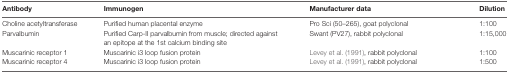
<table><thead><tr><td><b>Antibody</b></td><td><b>Immunogen</b></td><td><b>Manufacturer data</b></td><td><b>Dilution</b></td></tr></thead><tbody><tr><td>Choline acetyltransferase</td><td>Purified human placental enzyme</td><td>Pro Sci (50–265), goat polyclonal</td><td>1:100</td></tr><tr><td>Parvalbumin</td><td>Purified Carp-II parvalbumin from muscle; directed against an epitope at the 1st calcium binding site</td><td>Swant (PV27), rabbit polyclonal</td><td>1:15,000</td></tr><tr><td>Muscarinic receptor 1</td><td>Muscarinic i3 loop fusion protein</td><td>Levey et al. (1991), rabbit polyclonal</td><td>1:100</td></tr><tr><td>Muscarinic receptor 4</td><td>Muscarinic i3 loop fusion protein</td><td>Levey et al. (1991), rabbit polyclonal</td><td>1:500</td></tr></tbody></table>